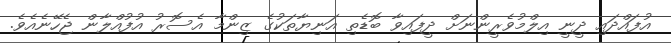
އުފައްދައި ދީނީ އިލްމުވެރީންނަށް ދީފައިވާ ބޮޑެތި އަނިޔާތަކުގެ ޒިންމާ އެސޮރު އުފުއްލާން ޖެހޭނެއެވެ.